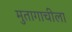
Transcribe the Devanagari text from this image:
मुतागाचीला